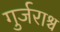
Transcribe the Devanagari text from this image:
गुर्जराश्च